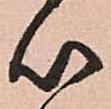
以